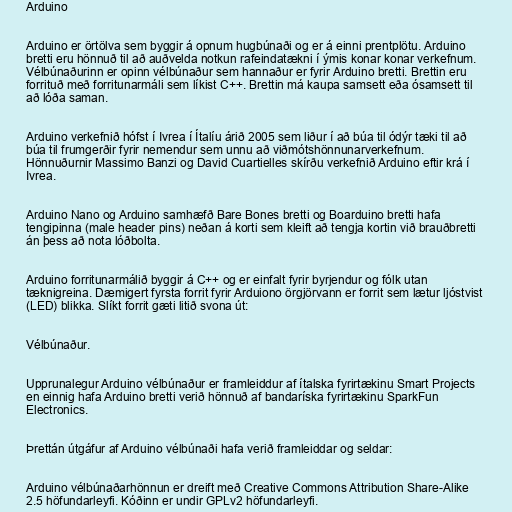
Arduino

Arduino er örtölva sem byggir á opnum hugbúnaði og er á einni prentplötu. Arduino
bretti eru hönnuð til að auðvelda notkun rafeindatækni í ýmis konar konar verkefnum.
Vélbúnaðurinn er opinn vélbúnaður sem hannaður er fyrir Arduino bretti. Brettin eru
forrituð með forritunarmáli sem líkist C++. Brettin má kaupa samsett eða ósamsett til
að lóða saman.

Arduino verkefnið hófst í Ivrea í Ítalíu árið 2005 sem liður í að búa til ódýr tæki til að
búa til frumgerðir fyrir nemendur sem unnu að viðmótshönnunarverkefnum.
Hönnuðurnir Massimo Banzi og David Cuartielles skírðu verkefnið Arduino eftir krá í
Ivrea.

Arduino Nano og Arduino samhæfð Bare Bones bretti og Boarduino bretti hafa
tengipinna (male header pins) neðan á korti sem kleift að tengja kortin við brauðbretti
án þess að nota lóðbolta.

Arduino forritunarmálið byggir á C++ og er einfalt fyrir byrjendur og fólk utan
tæknigreina. Dæmigert fyrsta forrit fyrir Arduiono örgjörvann er forrit sem lætur ljóstvist
(LED) blikka. Slíkt forrit gæti litið svona út:

Vélbúnaður.

Upprunalegur Arduino vélbúnaður er framleiddur af ítalska fyrirtækinu Smart Projects
en einnig hafa Arduino bretti verið hönnuð af bandaríska fyrirtækinu SparkFun
Electronics.

Þrettán útgáfur af Arduino vélbúnaði hafa verið framleiddar og seldar:

Arduino vélbúnaðarhönnun er dreift með Creative Commons Attribution Share-Alike
2.5 höfundarleyfi. Kóðinn er undir GPLv2 höfundarleyfi.